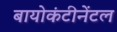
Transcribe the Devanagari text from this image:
बायोकंटीनेंटल